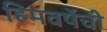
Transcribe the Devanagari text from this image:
हिमवर्षेची